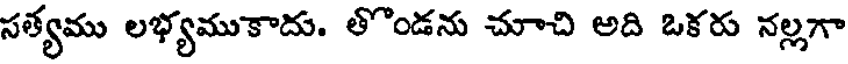
సత్యము లభ్యముకాదు. తొండను చూచి అది ఒకరు నల్లగా